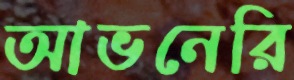
আভনেরি